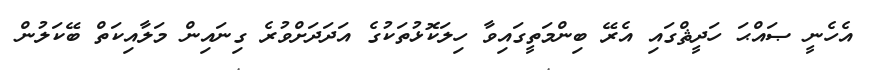
އެހެނީ ޞައްޙަ ހަދީޘްގައި އެރޭ ބިންމަތީގައިވާ ހިލަކޮޅުތަކުގެ އަދަދަށްވުރެ ގިނައިން މަލާއިކަތް ބޭކަލުން